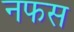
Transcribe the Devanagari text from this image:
नफस